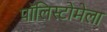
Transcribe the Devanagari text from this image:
पॉलिस्टोमेला